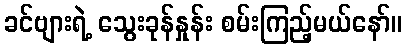
ခင်ဗျားရဲ့ သွေးခုန်နှုန်း စမ်းကြည့်မယ်နော်။